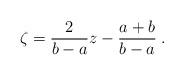
LaTeX: \begin{align*}\zeta = { 2 \over b-a} z - { a + b \over b-a }\;.\end{align*}